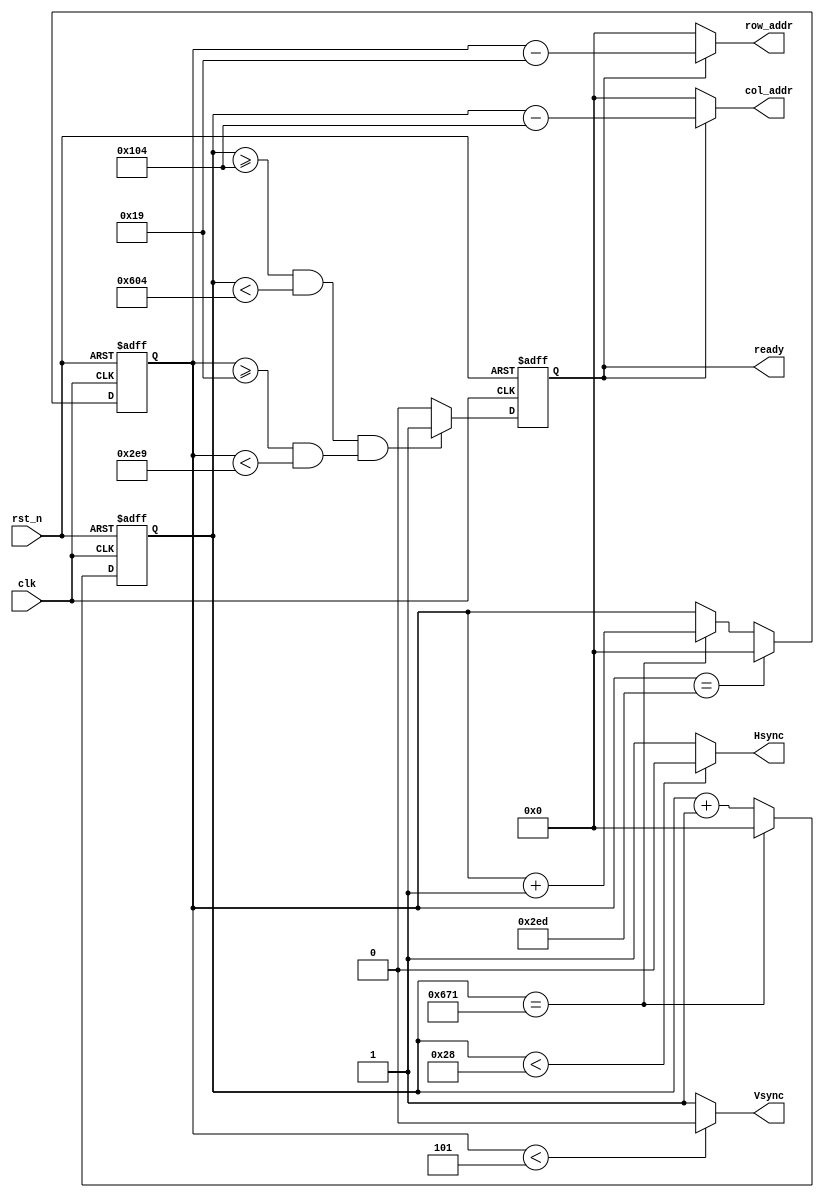
//----------------------------------------------------------------------------
// Project Name   : vga_gen
// Description    : Generate Hsync, Vsync, and related signal for vga display.
//----------------------------------------------------------------------------
//
//  For 1280 x 720 @ 60Hz,
//
//      Pixels Clock  = 74.25 Mhz
//
//      H Sync Time   =   40 pixels
//      H Back Porch  =  220 pixels  
//      H Active Time = 1280 pixels
//      H Front Porch =  110 pixels
//
//      V Sync Time   =    5 lines
//      V Back Porch  =   20 lines
//      V Active Time =  720 lines
//      V Front Porch =    5 lines
//
//----------------------------------------------------------------------------
//  Version             Comments
//------------      ----------------
//    0.1              Created
//----------------------------------------------------------------------------

module sync_gen(
    output        Hsync,
    output        Vsync,
    output        ready,
    output [10:0] col_addr,
    output [10:0] row_addr,
    
    input         clk,
    input         rst_n
);

reg [10:0] cnt_H = 0;
always @(posedge clk, negedge rst_n) begin
    if(!rst_n)
        cnt_H <= 11'd0;
    else if(cnt_H == 11'd1649)  // 40 + 220 + 1280 + 110 = 1650
        cnt_H <= 11'd0;
    else
        cnt_H <= cnt_H + 1'b1;
end

reg [10:0] cnt_V = 0;
always @(posedge clk, negedge rst_n) begin
    if(!rst_n)
        cnt_V <= 11'd0;
    else if(cnt_V == 11'd749)  // 5 + 20 + 720 + 5 = 750
        cnt_V <= 12'd0;
    else if(cnt_H == 11'd1649)
        cnt_V <= cnt_V + 1'b1;
end

reg ready_r = 0;
always @(posedge clk, negedge rst_n) begin
    if(!rst_n)
        ready_r <= 1'b0;
    else if( (cnt_H >= 11'd260 && cnt_H < 11'd1540)  // (40+220, 40+220+1280)
        && (cnt_V >= 11'd25 && cnt_V < 11'd745) )   // (5+20, 5+20+720)
        ready_r <= 1'b1;
    else
        ready_r <= 1'b0;
end

//----------------------------------------------------------------------------
assign Hsync = (cnt_H < 11'd40) ? 1'b0 : 1'b1;
assign Vsync = (cnt_V < 11'd5)   ? 1'b0 : 1'b1;
assign ready = ready_r;
assign col_addr = ready_r ? cnt_H - 11'd260 : 11'd0;
assign row_addr = ready_r ? cnt_V - 11'd25  : 11'd0;

endmodule